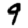
Digit: 9